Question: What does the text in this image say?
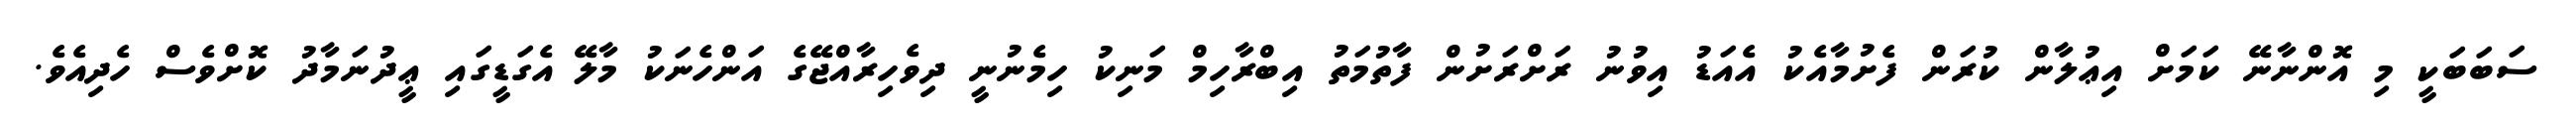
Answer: ސަބަބަކީ މި އޮންނާނޭ ކަމަށް އިޢުލާން ކުރަން ފެށުމާއެކު އެއަޑު އިވުނު ރަށްރަށުން ފާތުމަތު އިބްރާހިމް މަނިކު ހިމެނުނީ ދިވެހިރާއްޖޭގެ އަންހެނަކު މާލޭ އެގަޑީގައި ޢީދުނަމާދު ކޮށްވެސް ހެދިއެވެ.